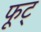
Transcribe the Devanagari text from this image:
फूट्